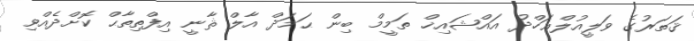
ޤަތަރުގެ ވަލީއުލްޢަހްދު އައްޝައިޚް ތަމީމް ބިން ޙަމަދް އާލް ޘާނީ އިފްތިތާޙް ކޮށްދެއްވި